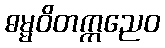
ဓမ္မဝိတက္ကညေဝ